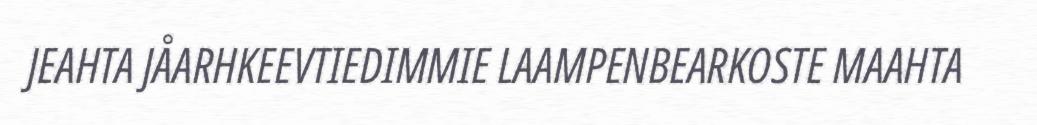
JEAHTA JÅARHKEEVTIEDIMMIE LAAMPENBEARKOSTE MAAHTA